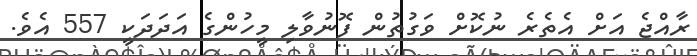
ރާއްޖެ އަށް އެތެރެ ނުކޮށް ވަގުތުން ފޮނުވާލި މީހުންގެ އަދަދަކީ 557 އެވެ.